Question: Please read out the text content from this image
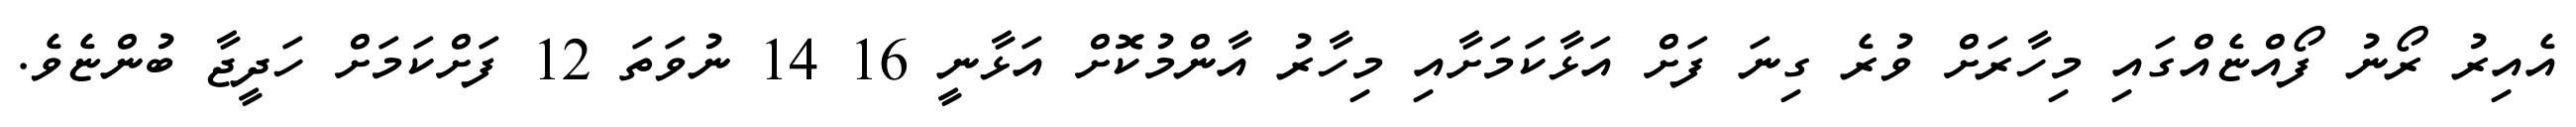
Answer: އެއިރު ރޯނު ފޯއްޏެއްގައި މިހާރަށް ވުރެ ގިނަ ފަށް އަޅާކަމަށާއި މިހާރު އާންމުކޮށް އަޅާނީ 16 14 ނުވަތަ 12 ފަށްކަމަށް ހަދީޖާ ބުންޏެވެ.